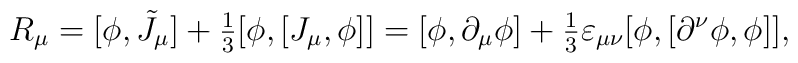
R_\mu =[\phi ,\tilde J_\mu ]+{\textstyle \frac 13}[\phi ,[J_\mu ,\phi]]=[\phi ,\partial _\mu \phi ]+{\textstyle \frac 13}\varepsilon _{\mu \nu}[\phi ,[\partial ^\nu \phi ,\phi ]],